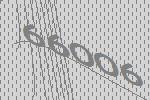
66006